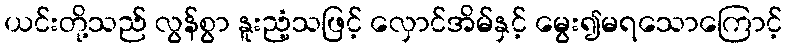
ယင်းတို့သည် လွန်စွာ နူးညံ့သဖြင့် လှောင်အိမ်နှင့် မွေး၍မရသောကြောင့်